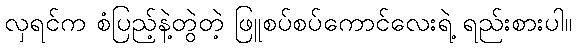
လှရင်က စံပြည့်နဲ့တွဲတဲ့ ဖြူစပ်စပ်ကောင်လေးရဲ့ ရည်းစားပါ။